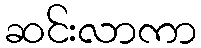
ဆင်းလာကာ